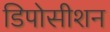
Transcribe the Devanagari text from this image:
डिपोसीशन